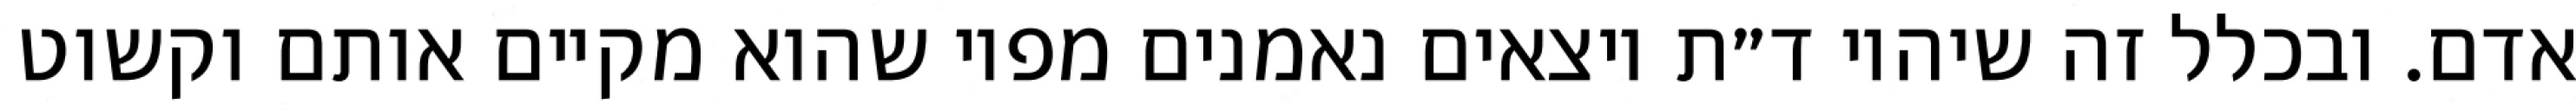
אדם. ובכלל זה שיהיו ד״ת יוצאים נאמנים מפיו שהוא מקיים אותם וקשוט